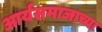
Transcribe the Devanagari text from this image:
आर्यसमाजाच्या